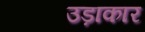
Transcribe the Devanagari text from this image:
उड़ाकार